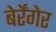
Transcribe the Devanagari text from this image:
बेर्रेंगेर